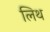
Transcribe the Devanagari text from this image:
लिथ